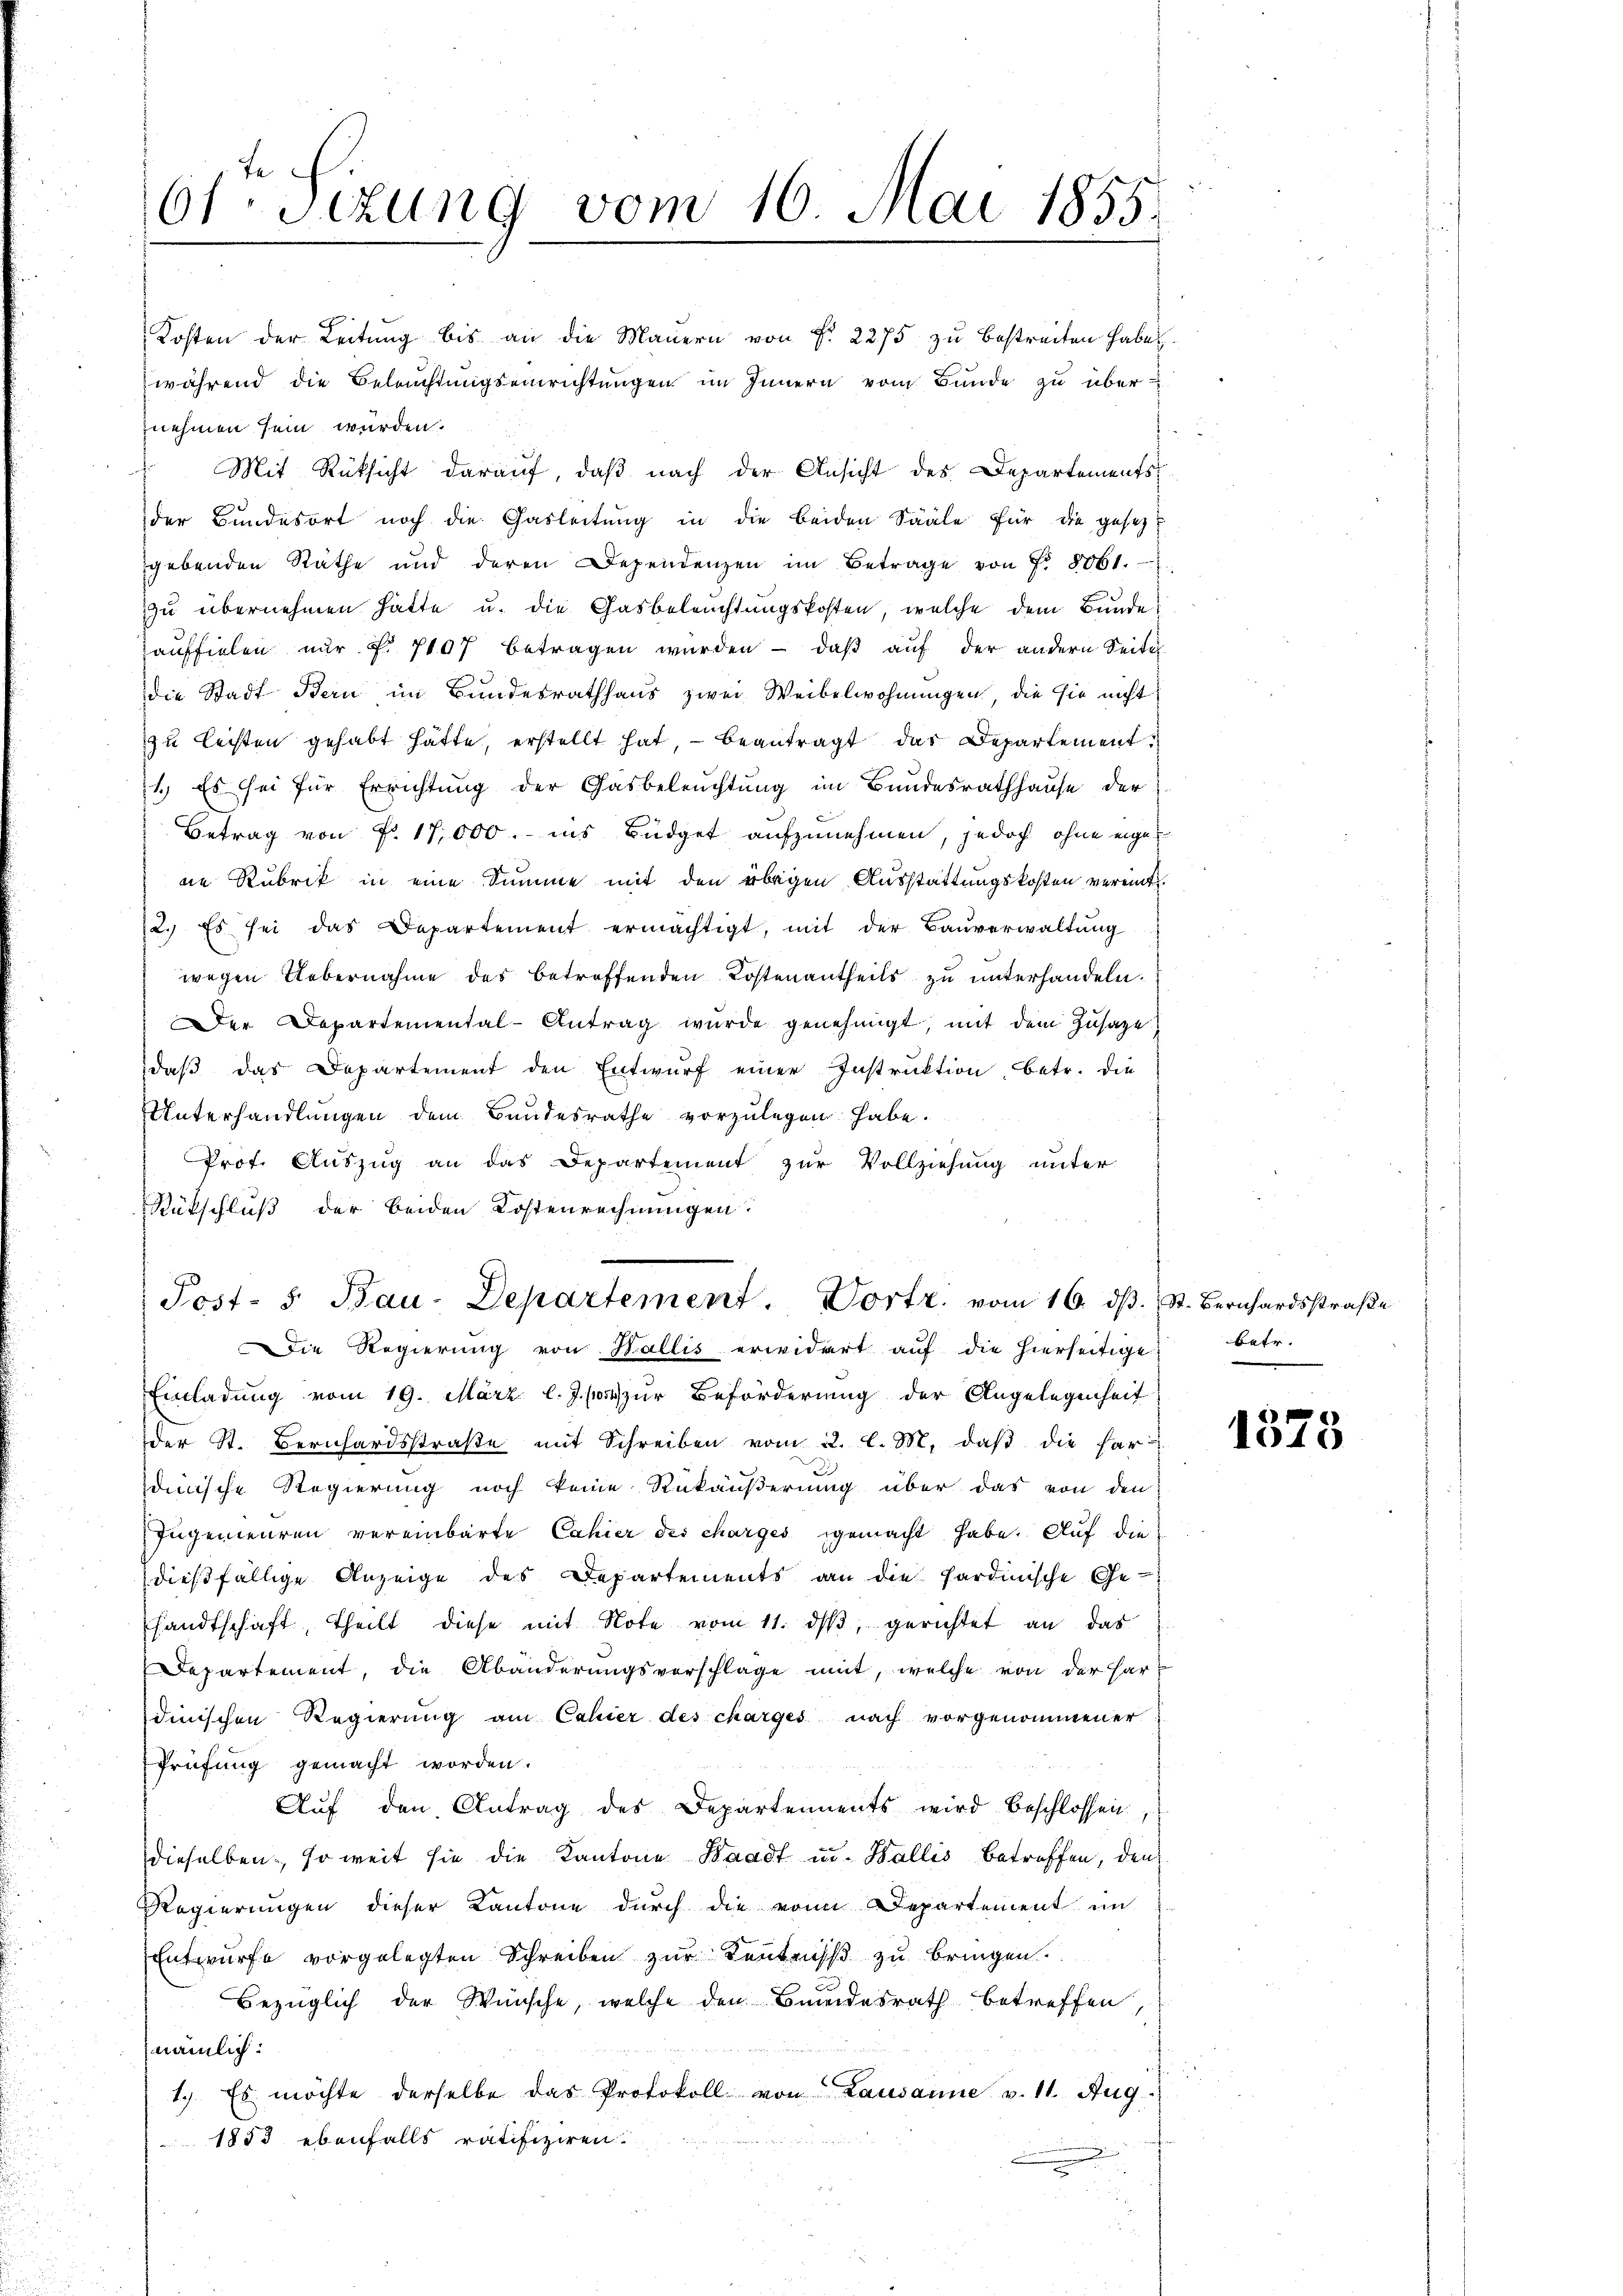
61. Sizung vom 16. Mai 1855.

Rückschluß der beiden Kostenrechnungen
Post- 5. Bau-Departement. Vortr. vom 16. ds. St. Bernhardsstraße
Die Regierŭng von Wallis erwidert aŭf die hierseitige
Einladung vom 19. März l. J. so zur Beförderung der Angelegenheit
der St. Bernhardsstraβe mit Schreiben vom 22. l. M. daβ die Par-
dinische Regierung noch keine Rükäußerung über das von den
zngemeuren vereinbarte Cahier des charges gemacht habe. Auf die
dießfällige Anzeige des Departements an die Sardinische Ge-
sandtschaft, theilt diese mit Note vom 11. dβ, gerichtet an das
Departement, die Abänderungsvorschläge mit, welche von der Hardinischen Regierung am Cahier des charges nach vorgenommener
Prüfung gemacht worden.
Aŭf den Antrag des Departements wird beschlossen,
dieselben, so weit sie die Kantone Waadt und Wallis betreffen, den
Regierungen dieser Kantone durch die von Departement im
Entwurfe vorgelegten Schreiben zur Kentrich zu bringen.
Bezüglich der Wünsche, welche den Bundesrath betreffen,
nämlich:
1.) Es möchte derselbe das Protokoll von Lausanne v. 11. Aug.
1853 ebenfalls ratifiziren.

Kosten der Leitung bis an die Mauern von f. 2275 zu bestreiten haben.
während die Beleuchtungseinrichtungen im Innern vom Bunde zu übernehmen sein wurden.
Mit Rüksicht darauf, daβ nach der Ansicht des Departements
der Bundesort noch die Gasleitung in die beiden Sääle für die gesetzt
gebenden Räthe und deren Dependenzen im Betrage von Fr. 8061.
zzu übernehmen hatte u. die Gasbeleuchtungskosten, welche dem Bunde
auffielen nur f. 7107 betragen würden - daβ aŭf der andern Seite
die Stadt Bern im Bundesrathhaus zwei Weibelwohnungen, die sie nicht
zu leisten gehabt hätte, erstellt hat, beantragt das Departement
11.) Es sei für Errichtung der Gasbeleuchtung im Bundesrathhause der
Betrag von F. 17,000. ins Büdget aufzunehmen, jedoch ohne eigene Rubrik in eine Summe mit den übrigen Ausstattungskosten vermitt
12. Es sei das Departement ermächtigt, mit der Bauverwaltung
wegen Uebernahme des betreffenden Kostenantheils zu unterhandeln.
Der Departemental-Antrag wurde genehmigt, mit dem Zusage
daβ das Departement den Entwŭrf einer Instruktion, betr. die
Unterhandlungen dem Bandesrathe vorzulegen habe.
Prot. Auszug an das Departement zur Vollziehung unter

betr.

1010